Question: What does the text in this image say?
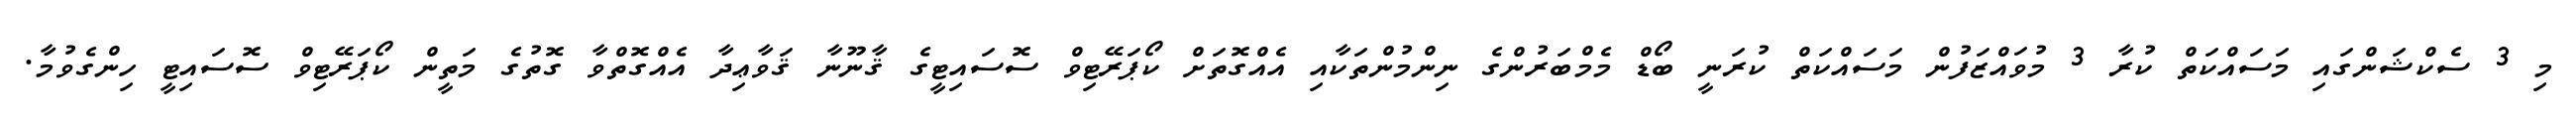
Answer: މި 3 ސެކްޝަންގައި މަސައްކަތް ކުރާ 3 މުވައްޒަފުން މަސައްކަތް ކުރަނީ ބޯޑް މެމްބަރުންގެ ނިންމުންތަކާއި އެއްގޮތަށް ކޯޕަރޭޓިވް ސޮސައިޓީގެ ޤާނޫނާ ޤަވާޢިދާ އެއްގޮތްވާ ގޮތުގެ މަތީން ކޯޕަރޭޓިވް ސޮސައިޓީ ހިންގެވުމާ.